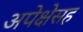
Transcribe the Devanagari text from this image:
अपेक्षेसह